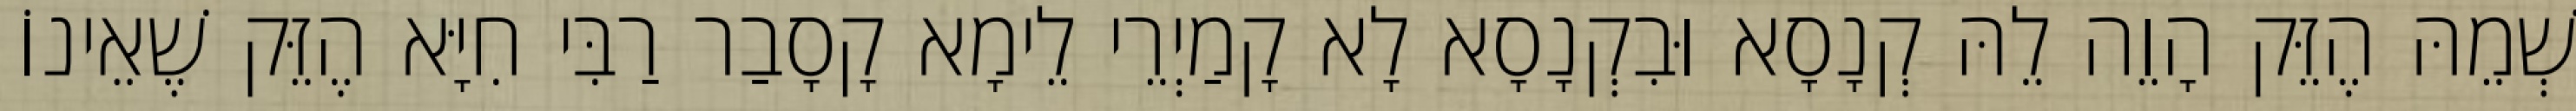
שְׁמֵהּ הֶזֵּק הָוֵה לֵהּ קְנָסָא וּבִקְנָסָא לָא קָמַיְרֵי לֵימָא קָסָבַר רַבִּי חִיָּא הֶזֵּק שֶׁאֵינוֹ